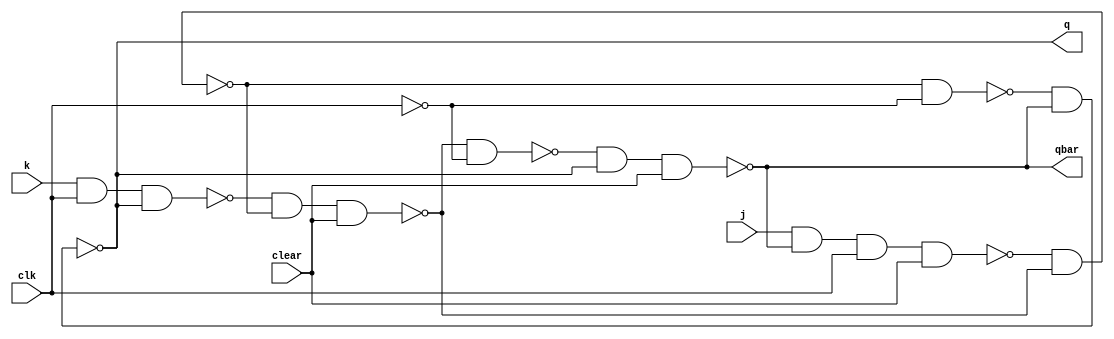
`timescale 1ns / 1ps
//Master Slave JK F-F

module Mas_Sla_JK(q, qbar, j, k, clear, clk);

input j, k, clear, clk;//J-K , temizleme ve Clock Girisi
output q, qbar;//Cikisler

// Ara kablo tanmlamalar
wire n1_out, n2_out, n3_out, n4_out, n5_out, n6_out, cbar;

// n1_out: nand1 k, n2_out: nand2 k, ...(Master Cikisi)
// cbar: clk sinyalinin tersi (Slave Girisi)

// nand1 modl 
nand nand1(n1_out, j, qbar, clk, clear);
// nand1, j, qbar, clk ve clear girilerine sahip
// ve n1_out kna sahip bir NAND kapsdr.

// nand2 modl tanm
nand nand2(n2_out, k, clk, q);
// nand2, k, clk ve q girilerine sahip
// ve n2_out kna sahip bir NAND kapsdr.

// nand3 modl tanm
nand nand3(n3_out, n1_out, n4_out);
// nand3, n1_out ve n4_out girilerine sahip
// ve n3_out kna sahip bir NAND kapsdr.

// nand4 modl tanm
nand nand4(n4_out, n2_out, n3_out, clear);
// nand4, n2_out, n3_out ve clear girilerine sahip
// ve n4_out kna sahip bir NAND kapsdr.

// clk sinyalinin tersini hesaplayan NOT kaps
not n1(cbar, clk);
// n1, clk giriine sahip ve cbar kna sahip bir NOT kapsdr.

// nand5 modl tanm
nand nand5(n5_out, n3_out, cbar);
// nand5, n3_out ve cbar girilerine sahip
// ve n5_out kna sahip bir NAND kapsdr.

// nand6 modl tanm
nand nand6(n6_out, n4_out, cbar);
// nand6, n4_out ve cbar girilerine sahip
// ve n6_out kna sahip bir NAND kapsdr.

// nand7 modl tanm
nand nand7(q, n5_out, qbar);
// nand7, n5_out, qbar girilerine sahip
// ve q kna sahip bir NAND kapsdr.

// nand8 modl tanm
nand nand8(qbar, n6_out, q, clear);
// nand8, n6_out, q ve clear girilerine sahip
// ve qbar kna sahip bir NAND kapsdr.

endmodule